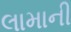
લામાની